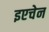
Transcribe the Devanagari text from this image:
इएचेन